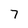
Character: 7